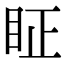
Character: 眐